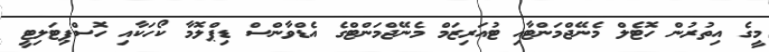
މީގެ އިތުރުން ހޮޓެލް މެނޭޖްމަންޓާއި ޓުއަރިޒަމް މެނޭޖްމަންޓްގެ އެޑްވާންސް ޑިޕްލޮމާ ކޯހަކާއި ހޮސްޕިޓަލިޓީ